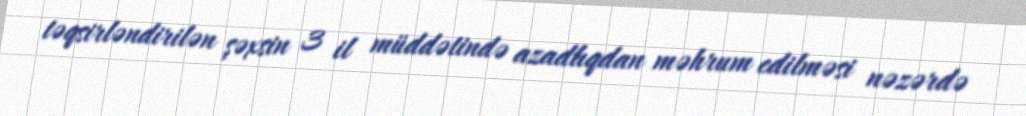
təqsirləndirilən şəxsin 3 il müddətində azadlıqdan məhrum edilməsi nəzərdə